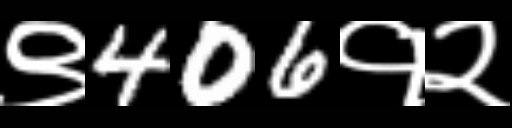
Text: ९406१२